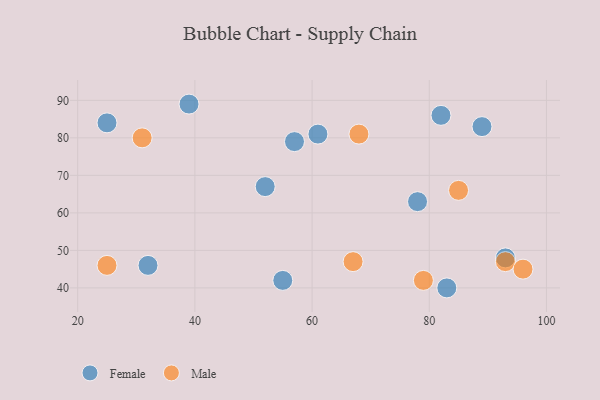
{"axis": {"x": "GDP", "y": "Life Expectancy"}, "legend": ["Female", "Male"], "data": [{"x": "61", "y": 81, "type": "Female"}, {"x": "32", "y": 46, "type": "Female"}, {"x": "78", "y": 63, "type": "Female"}, {"x": "25", "y": 84, "type": "Female"}, {"x": "89", "y": 83, "type": "Female"}, {"x": "39", "y": 89, "type": "Female"}, {"x": "55", "y": 42, "type": "Female"}, {"x": "83", "y": 40, "type": "Female"}, {"x": "57", "y": 79, "type": "Female"}, {"x": "52", "y": 67, "type": "Female"}, {"x": "93", "y": 48, "type": "Female"}, {"x": "82", "y": 86, "type": "Female"}, {"x": "93", "y": 47, "type": "Male"}, {"x": "68", "y": 81, "type": "Male"}, {"x": "31", "y": 80, "type": "Male"}, {"x": "79", "y": 42, "type": "Male"}, {"x": "96", "y": 45, "type": "Male"}, {"x": "67", "y": 47, "type": "Male"}, {"x": "85", "y": 66, "type": "Male"}, {"x": "25", "y": 46, "type": "Male"}]}